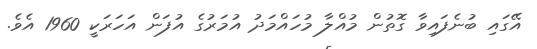
އޭގައި ބުނެފައިވާ ގޮތުން މުއްލާ މުހައްމަދު އުމަރުގެ އުފަން އަހަރަކީ 1960 އެވެ.